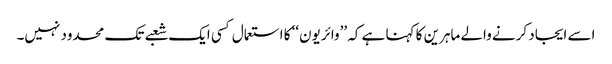
اسے ایجاد کرنے والے ماہرین کا کہنا ہے کہ ’’وائریون‘‘ کا استعمال کسی ایک شعبے تک محدود نہیں۔